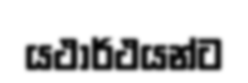
යථාර්ථයන්ට